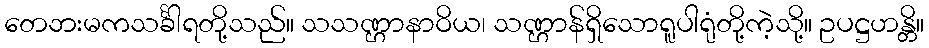
တေဘးမကသင်္ခါရတို့သည်။ သသဏ္ဌာနာဝိယ၊ သဏ္ဌာန်ရှိသောရူပါရုံတို့ကဲ့သို့။ ဥပဋ္ဌဟန္တိ။